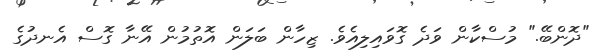
"ދޮންބޭ." މުސްކާން ވަދެ ގޮވައިލިއެވެ. ޒިހާން ބަލަން އޮތުމުން އޭނާ ގޮސް އެނދުގެ